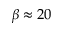
\beta \approx 2 0